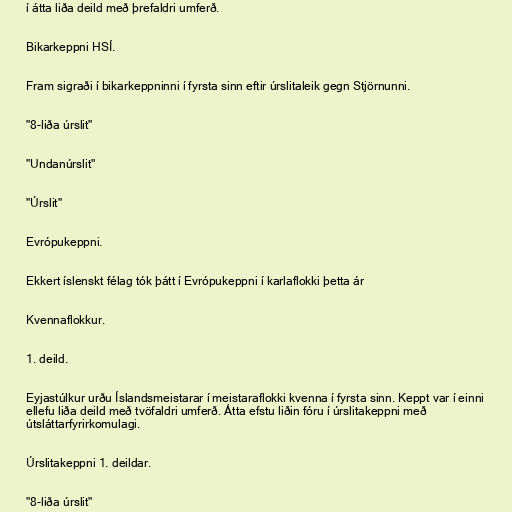
í átta liða deild með þrefaldri umferð.

Bikarkeppni HSÍ.

Fram sigraði í bikarkeppninni í fyrsta sinn eftir úrslitaleik gegn Stjörnunni.

"8-liða úrslit"

"Undanúrslit"

"Úrslit"

Evrópukeppni.

Ekkert íslenskt félag tók þátt í Evrópukeppni í karlaflokki þetta ár

Kvennaflokkur.

1. deild.

Eyjastúlkur urðu Íslandsmeistarar í meistaraflokki kvenna í fyrsta sinn. Keppt var í einni
ellefu liða deild með tvöfaldri umferð. Átta efstu liðin fóru í úrslitakeppni með
útsláttarfyrirkomulagi.

Úrslitakeppni 1. deildar.

"8-liða úrslit"